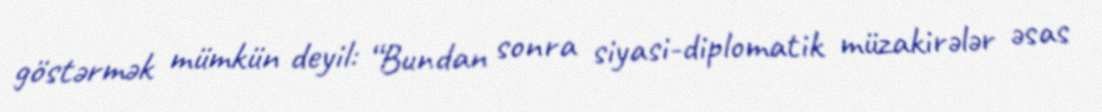
göstərmək mümkün deyil: “Bundan sonra siyasi-diplomatik müzakirələr əsas